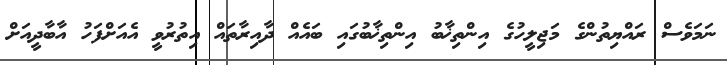
ނަމަވެސް ރައްޔިތުންގެ މަޖިލީހުގެ އިންތިޚާބު އިންތިޚާބުގައި ބައެއް ދާއިރާތައް އިތުރުވީ އެއަށްފަހު އާބާދީއަށް